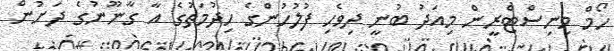
ހޯމް މިނިސްޓްރީން މިއަދު ބުނީ ދިވެހި ފުލުހުންގެ ހިދުމަތުގެ އާ ގާނޫނުގެ ދަށުން